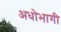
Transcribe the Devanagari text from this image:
अधोभागी